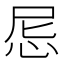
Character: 𢘒